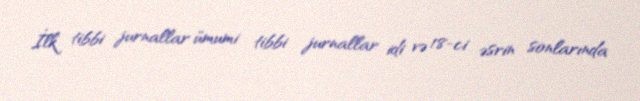
İlk tibbi jurnallar ümumi tibbi jurnallar idi və 18-ci əsrin sonlarında